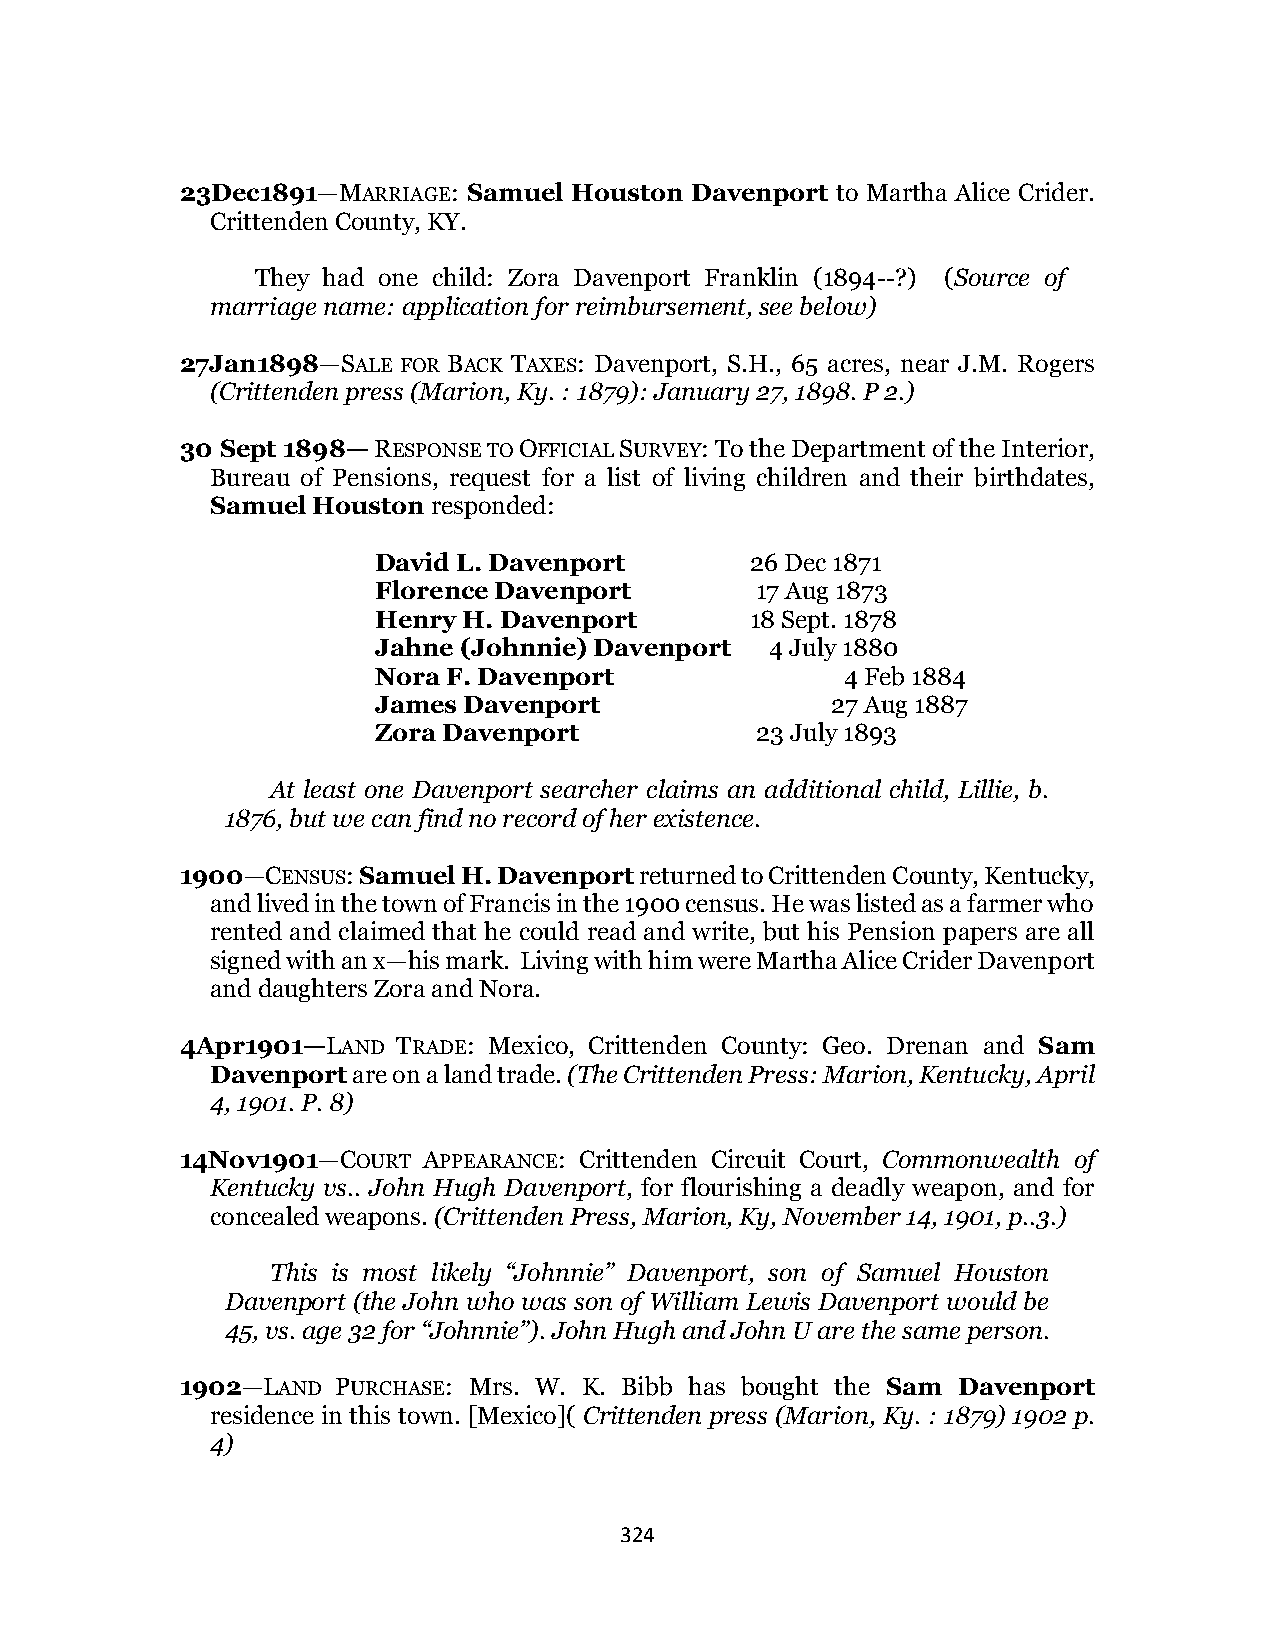
23Dec1891—MARRIAGE: Samuel Houston Davenport to Martha Alice Crider.
 Crittenden County, KY.
 They had one child: Zora Davenport Franklin (1894--?) (Source of
 marriage name: application for reimbursement, see below)
 27Jan1898—SALE FOR BACK TAXES: Davenport, S.H., 65 acres, near J.M. Rogers
 (Crittenden press (Marion, Ky. : 1879): January 27, 1898. P 2.)
 30 Sept 1898— RESPONSE TO OFFICIAL SURVEY: To the Department of the Interior,
 Bureau of Pensions, request for a list of living children and their birthdates,
 Samuel Houston responded:
 David L. Davenport       26 Dec 1871
 Florence Davenport       17 Aug 1873
 Henry H. Davenport       18 Sept. 1878
 Jahne (Johnnie) Davenport 4 July 1880
 Nora F. Davenport              4 Feb 1884
 James Davenport               27 Aug 1887
 Zora Davenport           23 July 1893
 At least one Davenport searcher claims an additional child, Lillie, b.
 1876, but we can find no record of her existence.
 1900—CENSUS: Samuel H. Davenport returned to Crittenden County, Kentucky,
 and lived in the town of Francis in the 1900 census. He was listed as a farmer who
 rented and claimed that he could read and write, but his Pension papers are all
 signed with an x—his mark. Living with him were Martha Alice Crider Davenport
 and daughters Zora and Nora.
 4Apr1901—LAND TRADE: Mexico, Crittenden County: Geo. Drenan and Sam
 Davenport are on a land trade. (The Crittenden Press: Marion, Kentucky, April
 4, 1901. P. 8)
 14Nov1901—COURT APPEARANCE: Crittenden Circuit Court, Commonwealth of
 Kentucky vs.. John Hugh Davenport, for flourishing a deadly weapon, and for
 concealed weapons. (Crittenden Press, Marion, Ky, November 14, 1901, p..3.)
 This is most likely “Johnnie” Davenport, son of Samuel Houston
 Davenport (the John who was son of William Lewis Davenport would be
 45, vs. age 32 for “Johnnie”). John Hugh and John U are the same person.
 1902—LAND PURCHASE: Mrs. W. K. Bibb has bought the Sam Davenport
 residence in this town. [Mexico]( Crittenden press (Marion, Ky. : 1879) 1902 p.
 4)
 324